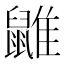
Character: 䶆